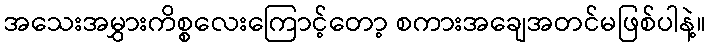
အသေးအမွှားကိစ္စလေးကြောင့်တော့ စကားအချေအတင်မဖြစ်ပါနဲ့။